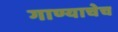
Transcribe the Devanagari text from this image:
गाण्याचेच